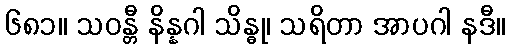
၆၈၁။ သဝန္တီ နိန္နဂါ သိန္ဓု၊ သရိတာ အာပဂါ နဒီ။